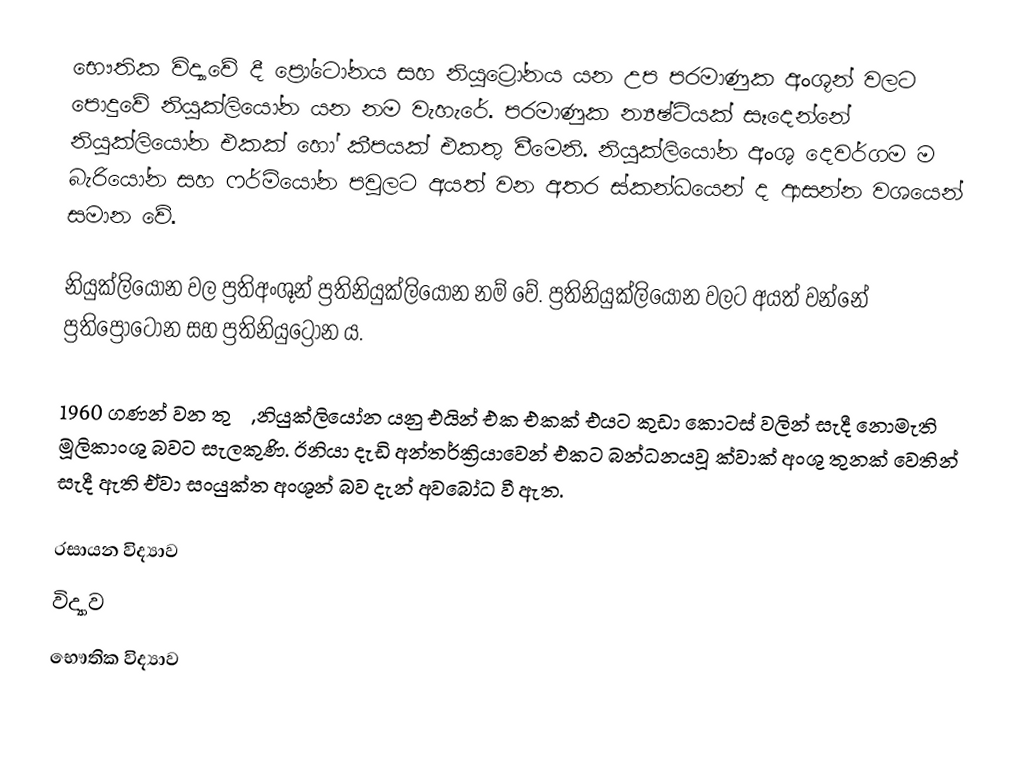
භෞතික විද්‍යාවේ දී ප්‍රෝටෝනය සහ නියුට්‍රෝනය යන උප පරමාණුක අංශූන් වලට පොදුවේ නියුක්‍ලියෝන යන නම වැහැරේ. පරමාණුක න්‍යෂ්ටියක් සෑදෙන්නේ නියුක්‍ලියෝන එකක් හෝ කීපයක් එකතු වීමෙනි. නියුක්ලියෝන අංශු දෙවර්ගම ම බැරියෝන සහ ෆර්මියෝන පවුලට අයත් වන අතර ස්කන්ධයෙන් ද ආසන්න වශයෙන් සමාන වේ.

නියුක්ලියෝන වල ප්‍රතිඅංශූන් ප්‍රතිනියුක්ලියෝන නම් වේ. ප්‍රතිනියුක්ලියෝන වලට අයත් වන්නේ ප්‍රතිප්‍රෝටෝන සහ ප්‍රතිනියුට්‍රෝන ය.

1960 ගණන් වන තුරු, නියුක්ලියෝන යනු එයින් එක එකක් එයට කුඩා කොටස් වලින් සැදී නොමැති මූලිකාංශු බවට සැලකුණි. ඊනියා දැඩි අන්තර්ක්‍රියාවෙන් එකට බන්ධනයවූ ක්වාක් අංශු තුනක්  වෙතින් සැදී ඇති ඒවා සංයුක්ත අංශූන් බව දැන් අවබෝධ වී ඇත.

රසායන විද්‍යාව
විද්‍යාව
භෞතික විද්‍යාව